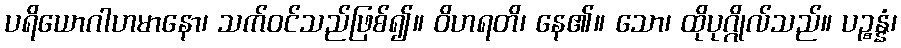
ပရိယောဂါဟမာနော၊ သက်ဝင်သည်ဖြစ်၍။ ဝိဟရတိ၊ နေ၏။ သော၊ ထိုပုဂ္ဂိုလ်သည်။ ပဉ္စန္နံ၊